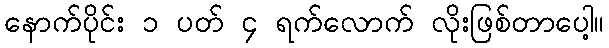
နောက်ပိုင်း ၁ ပတ် ၄ ရက်လောက် လိုးဖြစ်တာပေါ့။